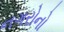
નગરોનો